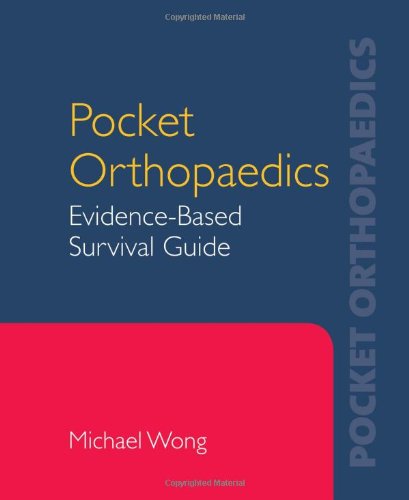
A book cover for Pocket Orthopaedics: Evidence-Based Survival Guide; Michael S. Wong; Medical Books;